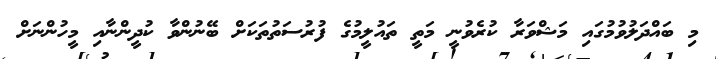
މި ބައްދަލުވުމުގައި މަޝްވަރާ ކުރެވުނީ މަތީ ތައުލީމުގެ ފުރުސަތުތަކަށް ބޭނުންވާ ކުދީންނާއި މީހުންނަށް